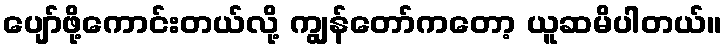
ပျော်ဖို့ကောင်းတယ်လို့ ကျွန်တော်ကတော့ ယူဆမိပါတယ်။